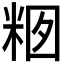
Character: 𱸽